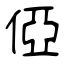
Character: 俹